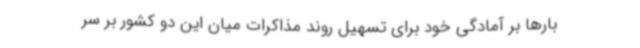
بارها بر آمادگی خود برای تسهیل روند مذاکرات میان این دو کشور بر سر